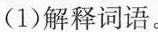
(1)解释词语。